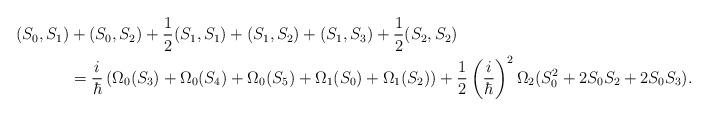
LaTeX: \begin{align*}(S_0,S_1)&+(S_0,S_2)+\frac{1}{2}(S_1,S_1)+(S_1,S_2)+(S_1,S_3)+\frac{1}{2}(S_2,S_2) \\&= \frac{i}{\hbar}\left(\Omega_0(S_3) + \Omega_0(S_4) + \Omega_0(S_5) + \Omega_1(S_0)+\Omega_1(S_2)\right)+\frac{1}{2}\left(\frac{i}{\hbar}\right)^2\Omega_2(S_0^2 + 2S_0S_2 + 2S_0S_3).\end{align*}